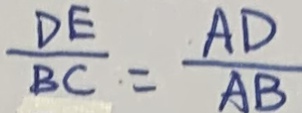
\frac { D E } { B C } = \frac { A D } { A B }